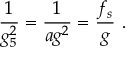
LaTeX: \frac { 1 } { g _ { 5 } ^ { 2 } } = \frac { 1 } { a g ^ { 2 } } = \frac { f _ { s } } { g } \ .